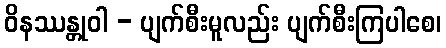
ဝိနဿန္တုဝါ - ပျက်စီးမူလည်း ပျက်စီးကြပါစေ၊